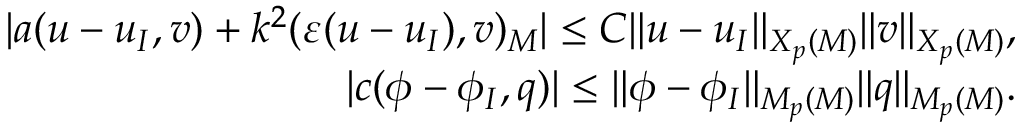
\begin{array} { r l r } & { } & { | a ( \boldsymbol { u } - \boldsymbol { u } _ { I } , \boldsymbol { v } ) + k ^ { 2 } ( \varepsilon ( \boldsymbol { u } - \boldsymbol { u } _ { I } ) , \boldsymbol { v } ) _ { \cal M } | \le C \| \boldsymbol { u } - \boldsymbol { u } _ { I } \| _ { { \boldsymbol { X } } _ { p } ( { \cal M } ) } \| \boldsymbol { v } \| _ { { \boldsymbol { X } } _ { p } ( { \cal M } ) } , } \\ & { } & { | c ( \phi - \phi _ { I } , q ) | \le \| \phi - \phi _ { I } \| _ { M _ { p } ( { \cal M } ) } \| q \| _ { M _ { p } ( { \cal M } ) } . } \end{array}